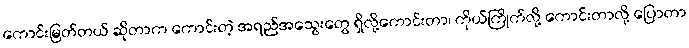
ကောင်းမြတ်တယ် ဆိုတာက ကောင်းတဲ့ အရည်အသွေးတွေ ရှိလို့ကောင်းတာ၊ ကိုယ်ကြိုက်လို့ ကောင်းတာလို့ ပြောတာ